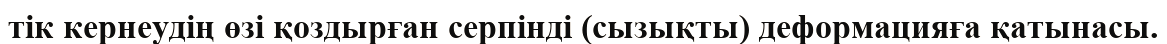
тік кернеудің өзі қоздырған серпінді (сызықты) деформацияға қатынасы.